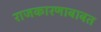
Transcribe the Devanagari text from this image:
राजकारणाबाबत